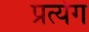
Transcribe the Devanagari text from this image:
प्रत्येग